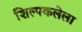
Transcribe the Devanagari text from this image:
शिल्पकलेला